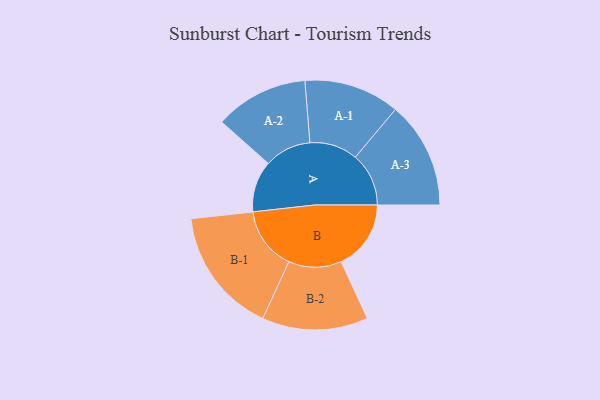
{"axis": {"x": "Segment", "y": "Value"}, "legend": ["", "A", "B"], "data": [{"x": "A", "y": 223, "type": ""}, {"x": "B", "y": 303, "type": ""}, {"x": "A-1", "y": 208, "type": "A"}, {"x": "A-2", "y": 203, "type": "A"}, {"x": "A-3", "y": 232, "type": "A"}, {"x": "B-1", "y": 274, "type": "B"}, {"x": "B-2", "y": 230, "type": "B"}]}